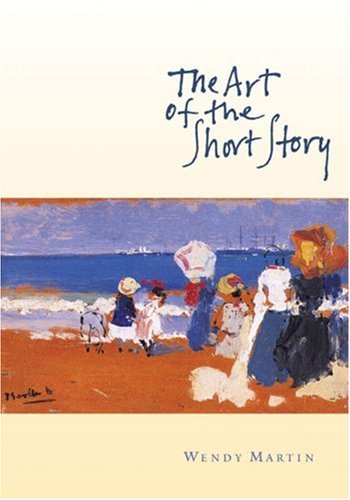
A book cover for The Art of the Short Story; Wendy Martin; Literature & Fiction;